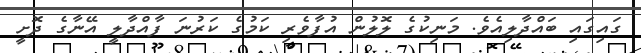
ގައިގައި ބައްދާލިއެވެ. މަނިކުގެ ލޮލުން އުފާވެރި ކަމުގެ ކަރުނަ ފާއްދާލީ އޭނާގެ ދޮށީ